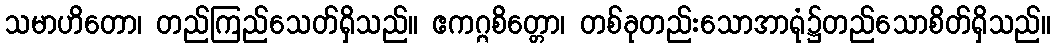
သမာဟိတော၊ တည်ကြည်သေတ်ရှိသည်။ ဧကဂ္ဂစိတ္တော၊ တစ်ခုတည်းသောအာရုံ၌တည်သောစိတ်ရှိသည်။